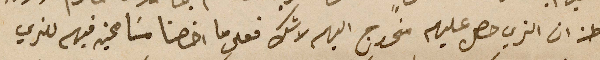
اظن ان الذي حصل عليهم منحرج اليهم لا شك فعلى ما اخصنا مسَامحين فيهم للذي